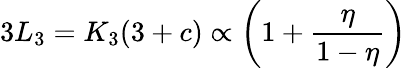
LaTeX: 3L_{3}=K_{3}(3+c)\propto\left(1+\frac{\eta}{1-\eta}\right)